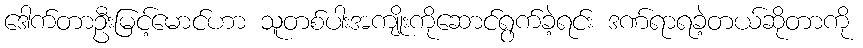
ဒေါက်တာဦးမြင့်မောင်ဟာ သူတစ်ပါးအကျိုးကိုဆောင်ရွက်ခဲ့ရင်း ဒဏ်ရာရခဲ့တယ်ဆိုတာကို